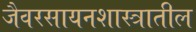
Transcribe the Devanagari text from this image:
जैवरसायनशास्त्रातील